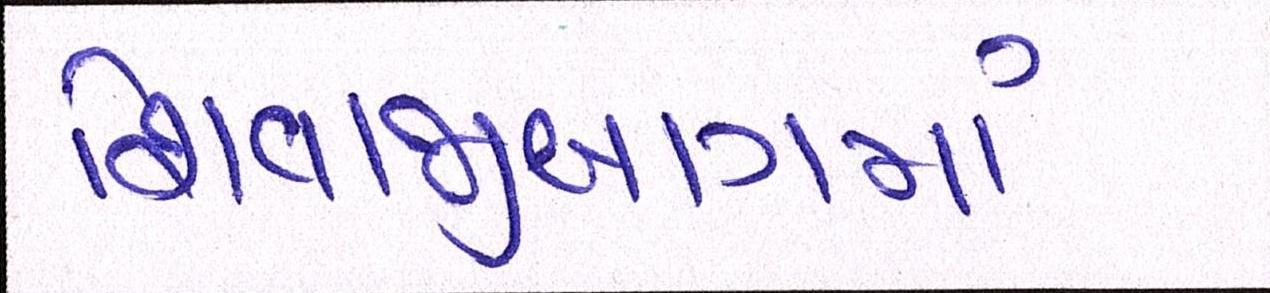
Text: શિવાજીબાગમાં